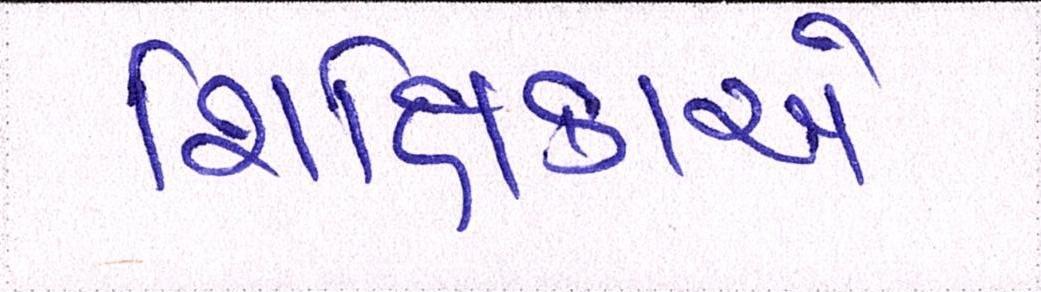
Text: શિક્ષિકાએ